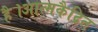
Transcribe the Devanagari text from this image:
है।आत्मकैद्रित